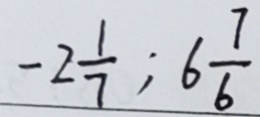
- 2 \frac { 1 } { 7 } ; 6 \frac { 7 } { 6 }